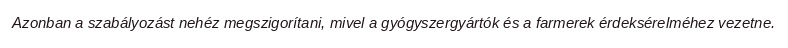
Azonban a szabályozást nehéz megszigorítani, mivel a gyógyszergyártók és a farmerek érdeksérelméhez vezetne.